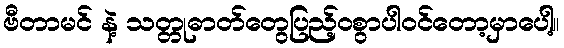
ဗီတာမင် နဲ့ သတ္တုဓာတ်တွေပြည့်ဝစွာပါဝင်တော့မှာပေါ့။